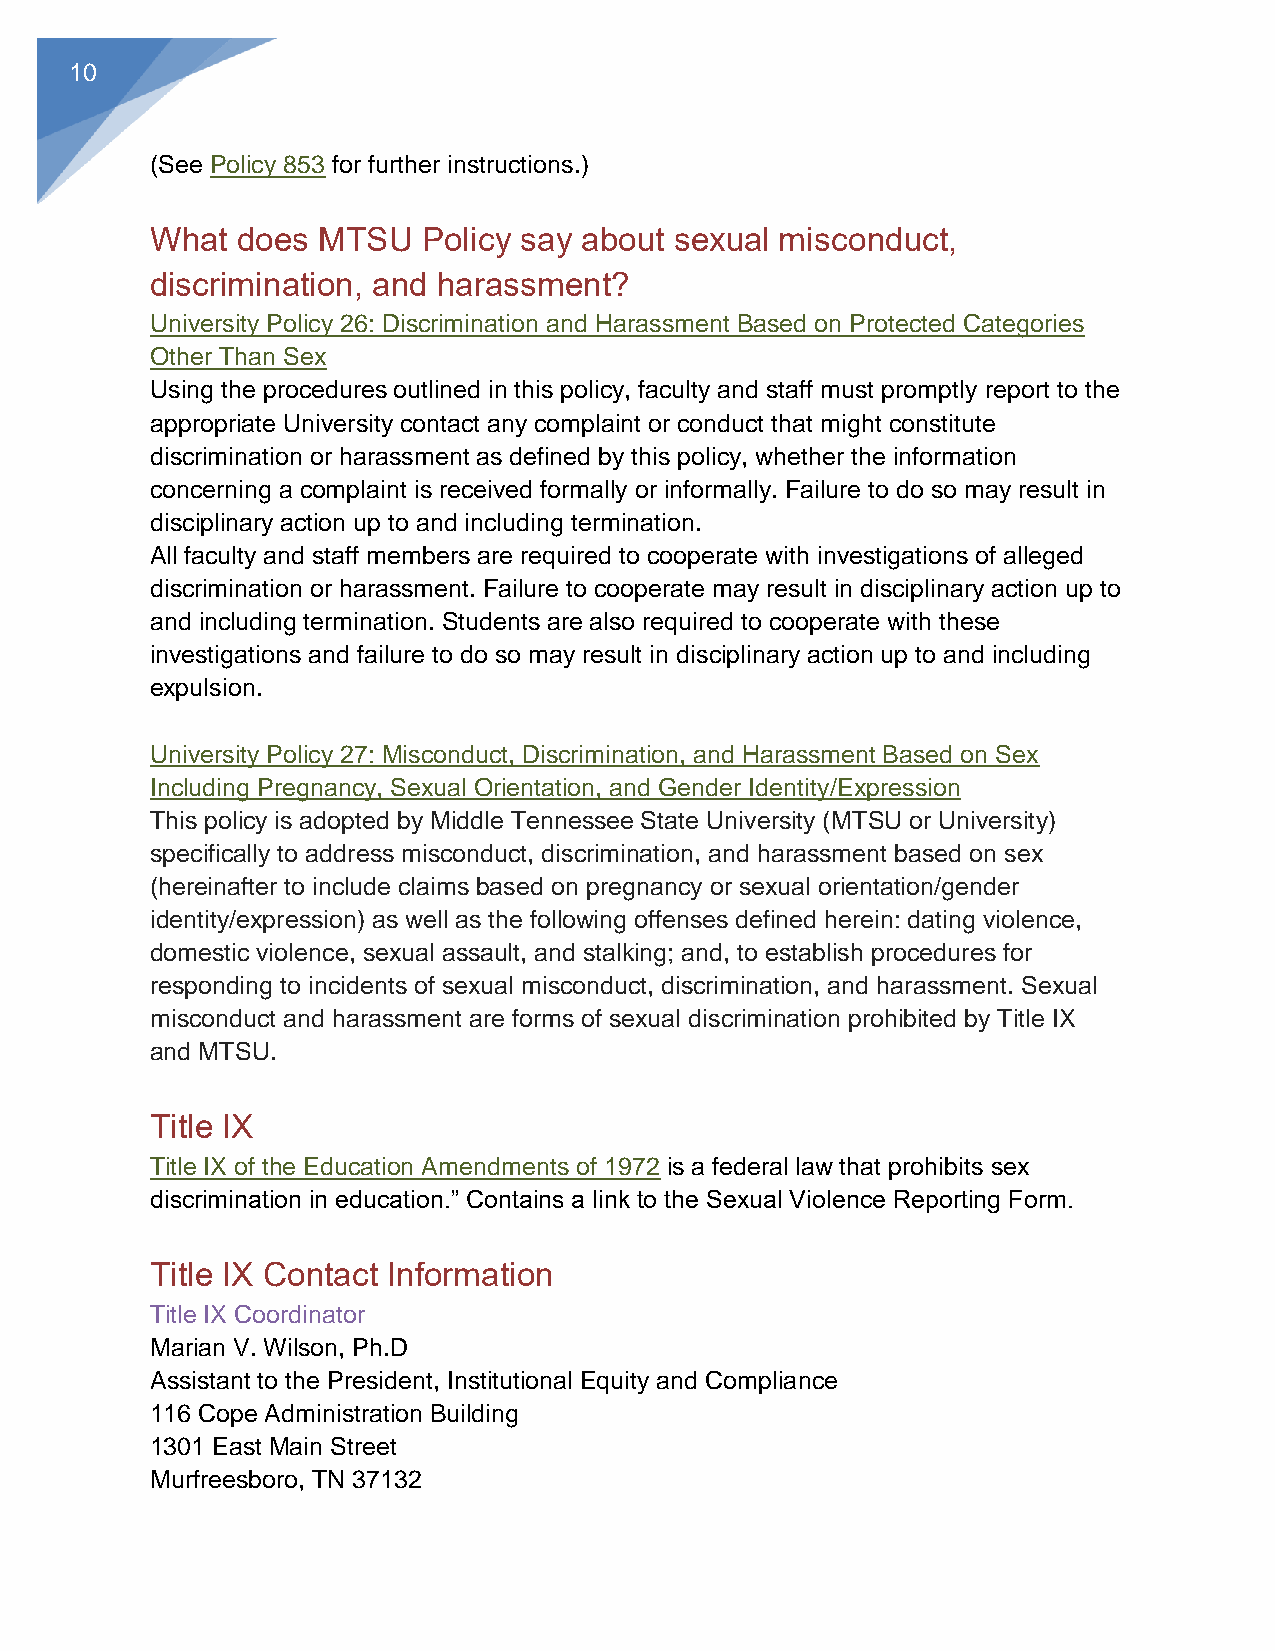
11
 (615) 898-2185
 marian.wilson@mtsu.edu
 Title IX Deputy Coordinators
 For complaints against students, faculty, staff, and visitors:
 Christy C. Sigler, J.D.
 Deputy Title IX Coordinator/Investigator
 116 Cope Administration Building
 1301 East Main Street
 Murfreesboro, TN 37132
 (615) 898-2185
 christy.sigler@mtsu.edu
 For complaints against students:
 Laura Sosh-Lightsy
 Assistant Dean, Office of Student Conduct
 208 Keathley University Center
 1301 East Main Street
 Murfreesboro, TN 37132
 (615) 898-2750
 laura.lightsy@mtsu.edu
 For complaints against faculty, staff and visitors:
 Marian V. Wilson, Ph.D.
 Assistant to the President, Institutional Equity and Compliance
 116 Cope Administration Building
 1301 East Main Street
 Murfreesboro, TN 37132
 (615) 898-2185
 marian.wilson@mtsu.edu
 For Athletics:
 Diane Turnham
 Senior Associate Athletic Director/Senior Women's Administrator
 151 Murphy Center
 1301 East Main Street
 Murfreesboro, TN 37132
 (615) 898-2938
 diane.turnham@mtsu.edu
 KNOW YOUR RIGHTS | Last Updated F eb. 5, 2020